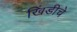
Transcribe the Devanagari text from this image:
खिंडीचे